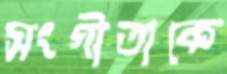
সংগীতাকে